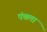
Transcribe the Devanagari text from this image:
पंचला